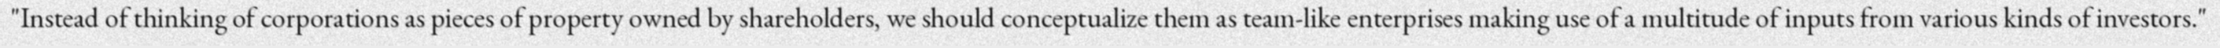
"Instead of thinking of corporations as pieces of property owned by shareholders, we should conceptualize them as team-like enterprises making use of a multitude of inputs from various kinds of investors."